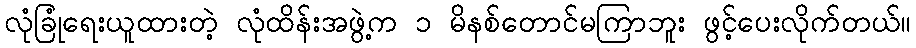
လုံခြုံရေးယူထားတဲ့ လုံထိန်းအဖွဲ့က ၁ မိနစ်တောင်မကြာဘူး ဖွင့်ပေးလိုက်တယ်။